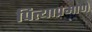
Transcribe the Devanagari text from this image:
पित्याप्रमाणे